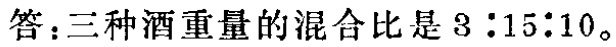
答：三种酒重量的混合比是 \(3:15:10\)。